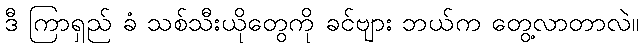
ဒီ ကြာရှည် ခံ သစ်သီးယိုတွေကို ခင်ဗျား ဘယ်က တွေ့လာတာလဲ။